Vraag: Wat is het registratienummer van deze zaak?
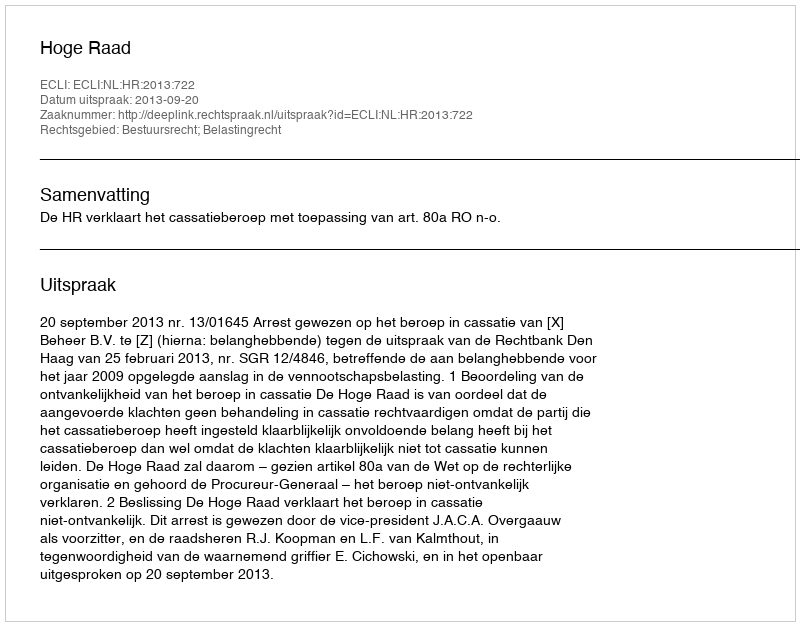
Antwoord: http://deeplink.rechtspraak.nl/uitspraak?id=ECLI:NL:HR:2013:722